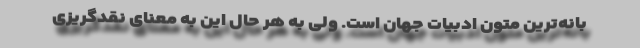
بانه‌ترین متون ادبیات جهان است. ولی به هر حال این به معنای نقدگریزی